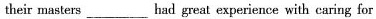
theirmasters___had great experience with caring for